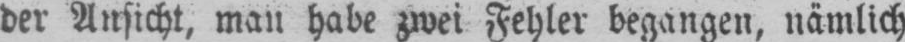
der Ansicht, man habe zwei Fehler begangen, nämlich